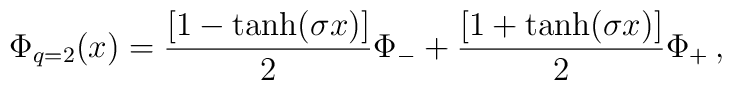
\Phi_{q=2}(x)={[1-\tanh(\sigma x)]\over 2}\Phi_- + {[1+\tanh(\sigma x)]\over 2}\Phi_+ \, ,